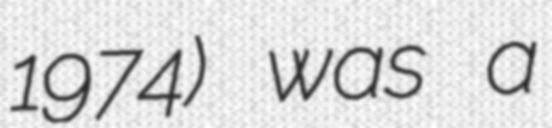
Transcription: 1974) was a